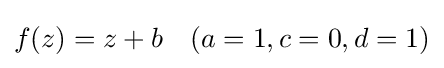
f(z)=z+b\quad (a=1,c=0,d=1)